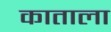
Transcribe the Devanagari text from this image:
काताला